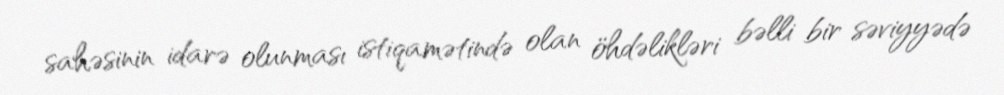
sahəsinin idarə olunması istiqamətində olan öhdəlikləri bəlli bir səviyyədə